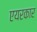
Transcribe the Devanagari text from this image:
एयरकार